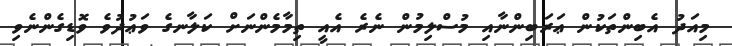
މިއަދު އެބިންތަކުން ޢަރަބިންނާއި މުސްލިމުން ނެރެ އެއީ ތިމާމެންނަށް ކަލާނގެ ވަޢުދުވެ ވޮޑިގެންނެވި